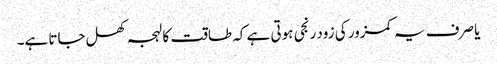
یا صرف یہ کمزور کی زود رنجی ہوتی ہے کہ طاقت کا لہجہ کھل جاتا ہے۔